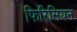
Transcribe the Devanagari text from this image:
फिरिसियन